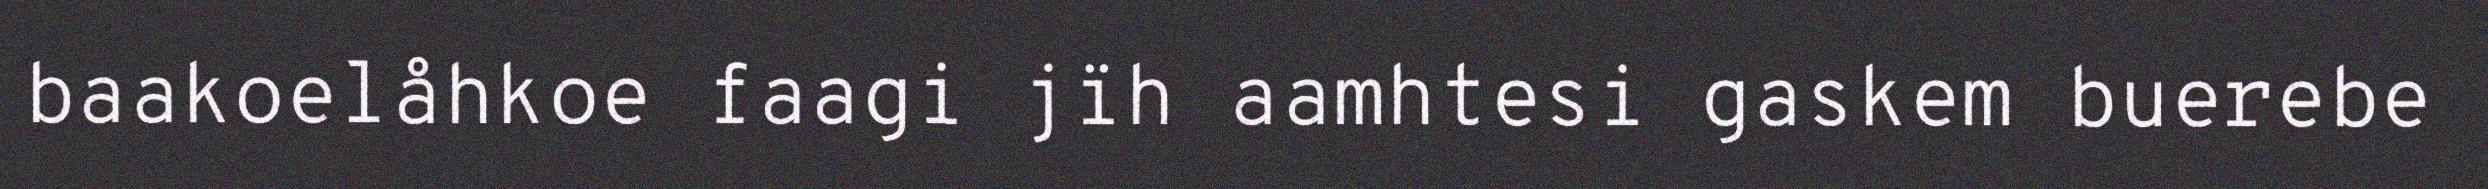
baakoelåhkoe faagi jïh aamhtesi gaskem buerebe